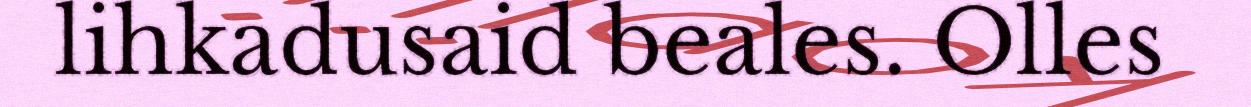
lihkadusaid beales. Olles